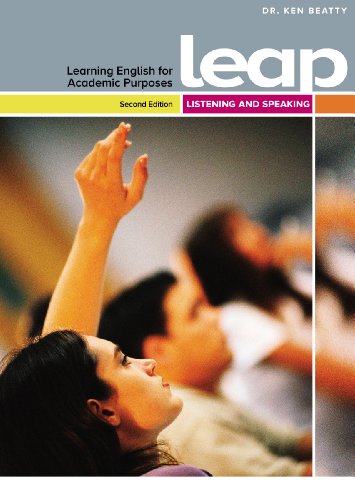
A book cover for LEAP (Learning English for Academic Purposes) Listening and Speaking (2nd Edition); Ken Beatty; Reference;